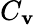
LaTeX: C_{\mathbf{v}}